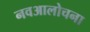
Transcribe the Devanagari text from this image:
नवआलोचना